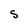
Character: s